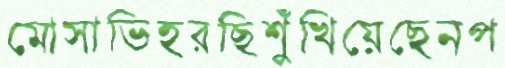
মোসাভিহরছিশুঁখিয়েছেনপ